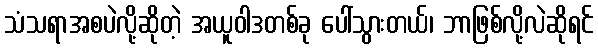
သံသရာအစပဲလို့ဆိုတဲ့ အယူဝါဒတစ်ခု ပေါ်သွားတယ်၊ ဘာဖြစ်လို့လဲဆိုရင်